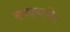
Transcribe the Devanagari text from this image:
रत्नावली।